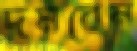
দমবেন